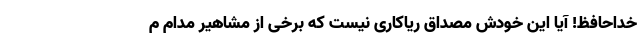
خداحافظ! آیا این خودش مصداق ریاکاری نیست که برخی از مشاهیر مدام م